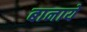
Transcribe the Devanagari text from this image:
बानाये